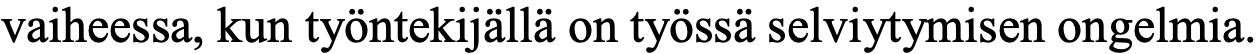
vaiheessa, kun työntekijällä on työssä selviytymisen ongelmia.